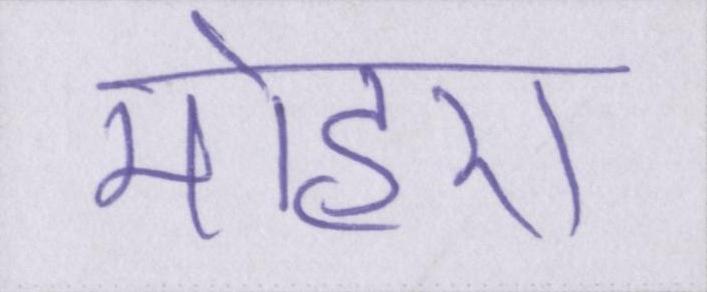
मोहरा